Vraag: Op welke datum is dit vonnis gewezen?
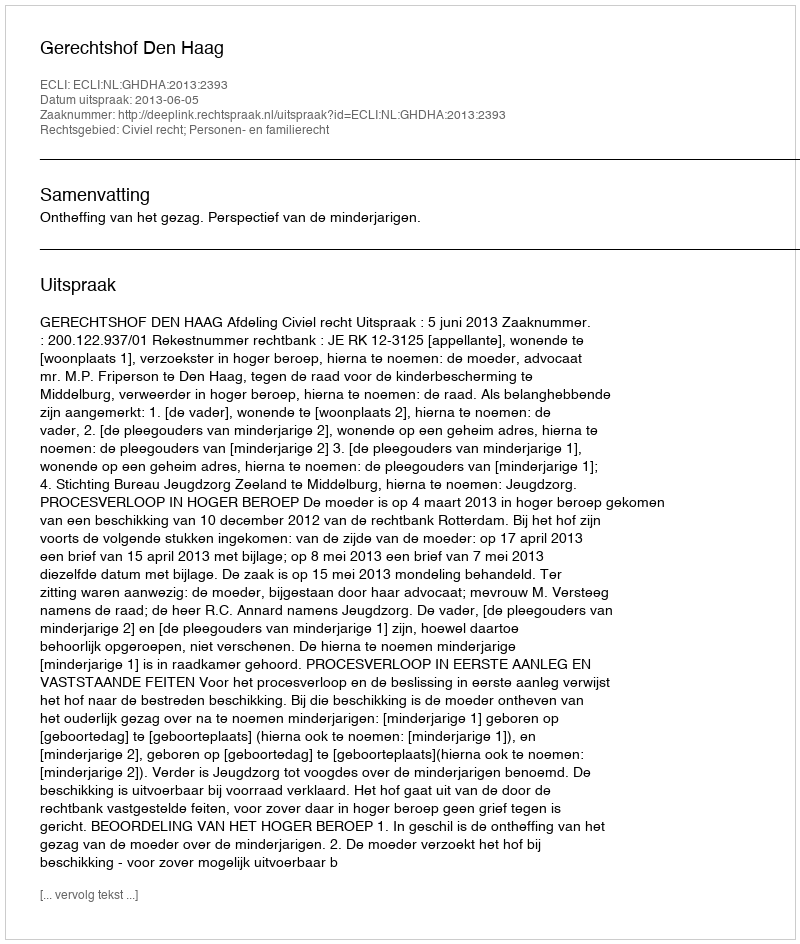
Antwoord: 2013-06-05